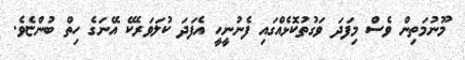
މޫނުމަތިން ވެސް މިފަދަ ވަގުތުކޮޅެއްގައި ފެނުނީހީ އެފަދަ ކުލަވަރެކޭ އޭނަގެ ހިތް ބުންޏެވެ.